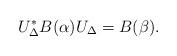
LaTeX: \begin{align*} U_{\Delta}^{*}B(\alpha)U_{\Delta}=B(\beta). \end{align*}